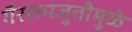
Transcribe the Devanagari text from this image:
गैरसमजुतीमुळे